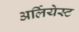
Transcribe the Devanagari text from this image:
अर्लियेस्ट